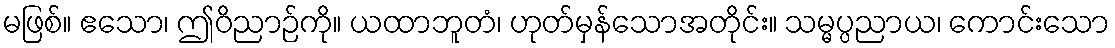
မဖြစ်။ ဧသော၊ ဤဝိညာဉ်ကို။ ယထာဘူတံ၊ ဟုတ်မှန်သောအတိုင်း။ သမ္မပ္ပညာယ၊ ကောင်းသော